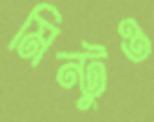
মিন্টুও